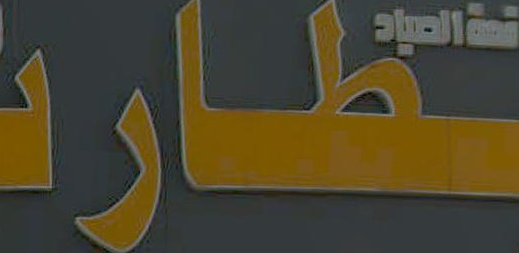
تظاره